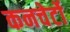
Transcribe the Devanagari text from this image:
कनचेर्टो